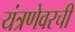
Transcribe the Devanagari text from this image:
यंत्रणेवरची